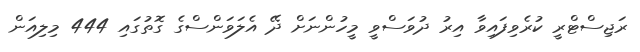
ރަޖިސްޓްރީ ކުރެވިފައިވާ އިރު ދުވަސްވީ މީހުންނަށް ދޭ އެލަވަންސްގެ ގޮތުގައި 444 މިލިއަން